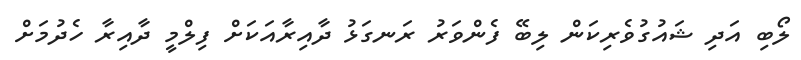
ލޯބި އަދި ޝައުގުވެރިކަން ލިބޭ ފެންވަރު ރަނގަޅު ދާއިރާއަކަށް ފިލްމީ ދާއިރާ ހެދުމަށް